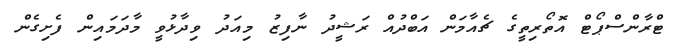
ޓްރާންސްޕޯޓް އޮތޯރިތީގެ ޗެއާމަން އަބްދުއް ރަޝީދު ނާފިޒު މިއަދު ވިދާޅުވީ މާދަމައިން ފެށިގެން